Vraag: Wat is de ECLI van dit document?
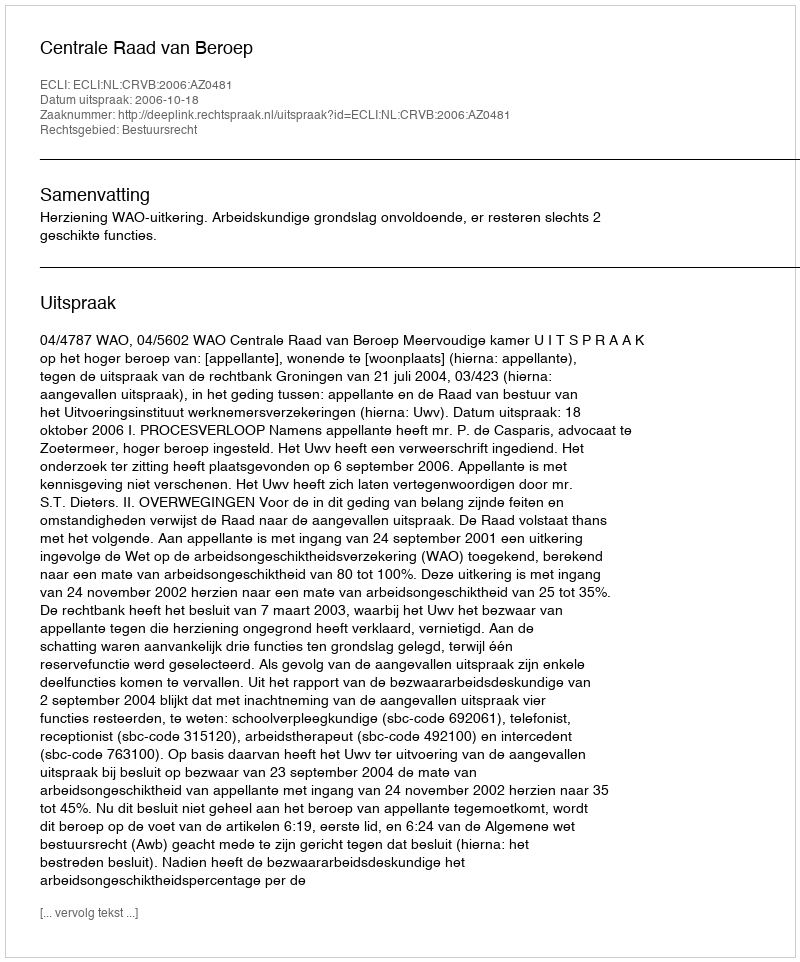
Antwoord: ECLI:NL:CRVB:2006:AZ0481